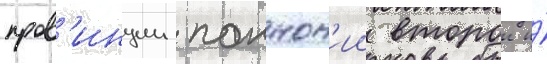
пров'инции паннон'ии второи и́